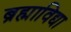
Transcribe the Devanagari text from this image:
ब्रह्माविद्या